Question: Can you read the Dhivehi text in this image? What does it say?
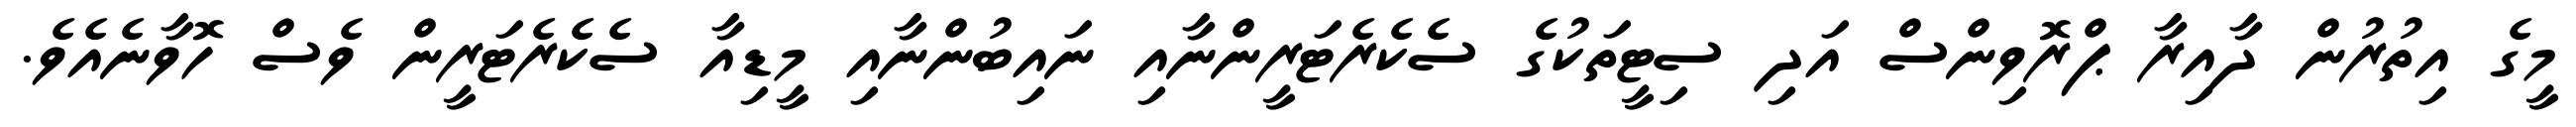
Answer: މީގެ އިތުރުން ދާއިރާ ޕްރޮވިންސް އަދި ސިޓީތަކުގެ ސެކެރެޓަރީންނާއި ނައިބުންނާއި މީޑިއާ ސެކެރެޓަރީން ވެސް ހޮވާނެއެވެ.